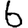
Digit: 6